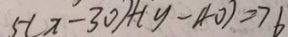
5 ( x - 3 0 ) + ( y - 4 0 ) = 7 6